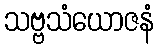
သဗ္ဗသံယောဇနံ